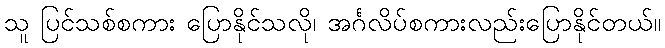
သူ ပြင်သစ်စကား ပြောနိုင်သလို၊ အင်္ဂလိပ်စကားလည်းပြောနိုင်တယ်။